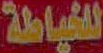
للخياطة